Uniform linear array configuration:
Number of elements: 4
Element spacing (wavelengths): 0.25
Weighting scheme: uniform
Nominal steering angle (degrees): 0
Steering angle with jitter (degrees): -1.279
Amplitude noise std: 0.05
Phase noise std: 0.05

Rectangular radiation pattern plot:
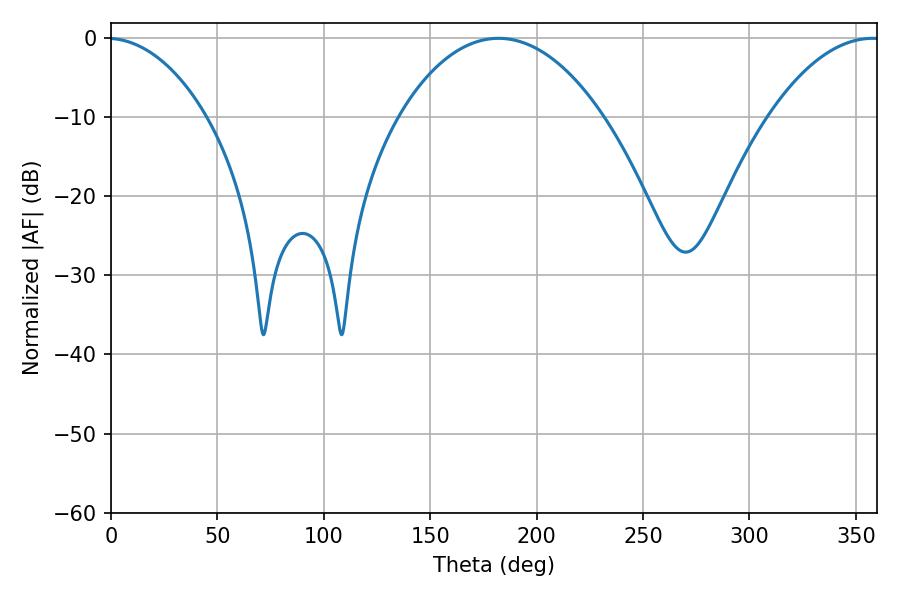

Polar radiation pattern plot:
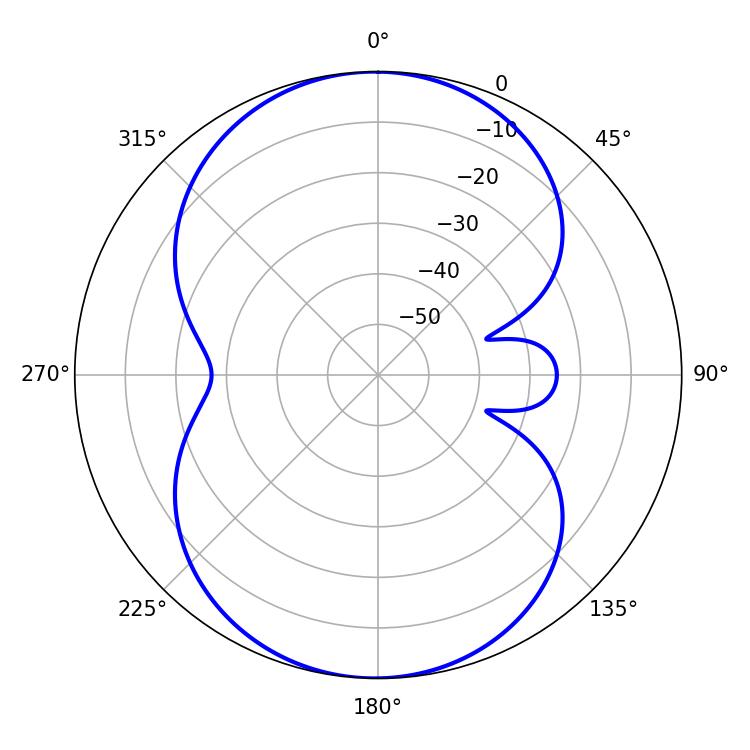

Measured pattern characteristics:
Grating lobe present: FALSE
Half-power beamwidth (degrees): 53.82
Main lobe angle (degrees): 182.16